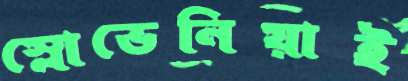
স্লোভেনিয়াই